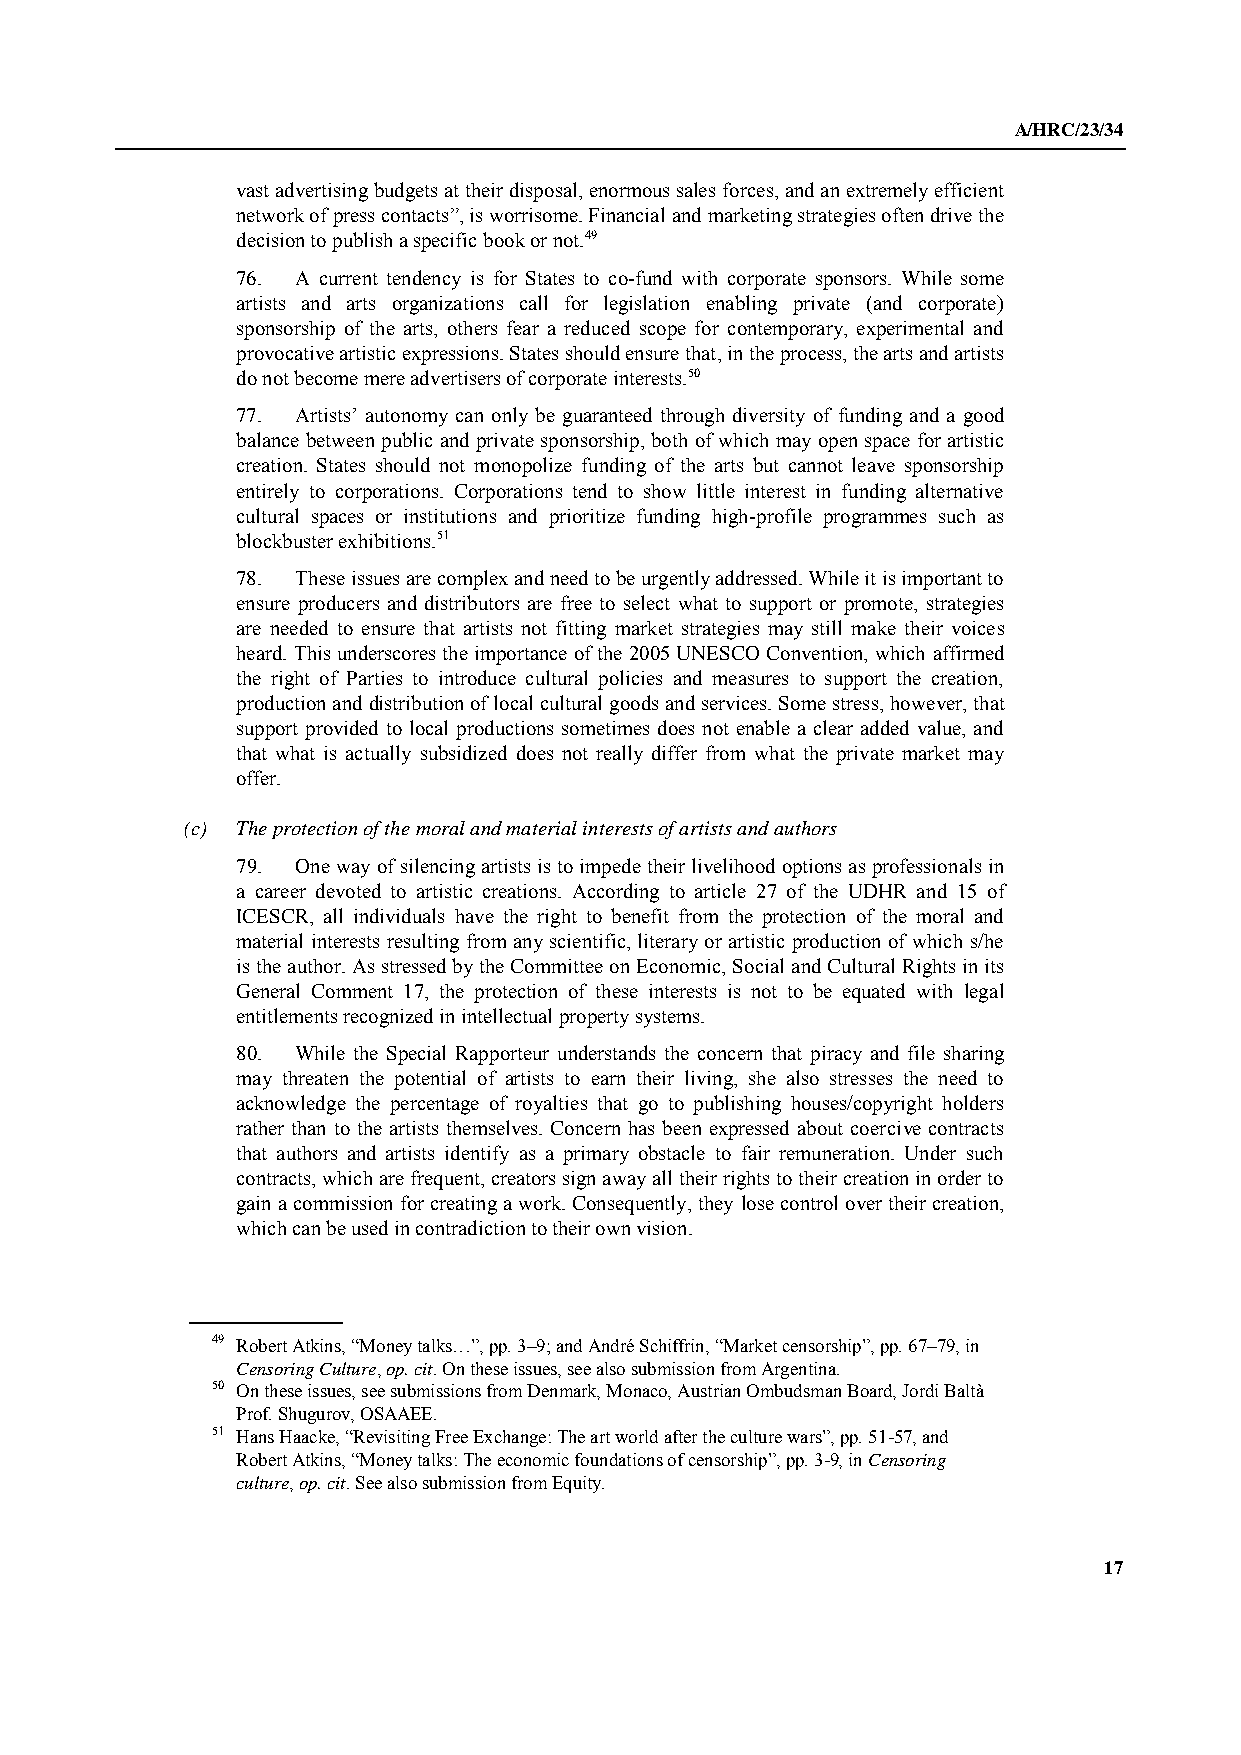
A/HRC/23/34
 vast advertising budgets at their disposal, enormous sales forces, and an extremely efficient
 network of press contacts”, is worrisome. Financial and marketing strategies often drive the
 decision to publish a specific book or not.49
 76. A current tendency is for States to co-fund with corporate sponsors. While some
 artists and arts organizations call for legislation enabling private (and corporate)
 sponsorship of the arts, others fear a reduced scope for contemporary, experimental and
 provocative artistic expressions. States should ensure that, in the process, the arts and artists
 do not become mere advertisers of corporate interests.50
 77. Artists’ autonomy can only be guaranteed through diversity of funding and a good
 balance between public and private sponsorship, both of which may open space for artistic
 creation. States should not monopolize funding of the arts but cannot leave sponsorship
 entirely to corporations. Corporations tend to show little interest in funding alternative
 cultural spaces or institutions and prioritize funding high-profile programmes such as
 blockbuster exhibitions.51
 78. These issues are complex and need to be urgently addressed. While it is important to
 ensure producers and distributors are free to select what to support or promote, strategies
 are needed to ensure that artists not fitting market strategies may still make their voices
 heard. This underscores the importance of the 2005 UNESCO Convention, which affirmed
 the right of Parties to introduce cultural policies and measures to support the creation,
 production and distribution of local cultural goods and services. Some stress, however, that
 support provided to local productions sometimes does not enable a clear added value, and
 that what is actually subsidized does not really differ from what the private market may
 offer.
 (c) The protection of the moral and material interests of artists and authors
 79. One way of silencing artists is to impede their livelihood options as professionals in
 a career devoted to artistic creations. According to article 27 of the UDHR and 15 of
 ICESCR, all individuals have the right to benefit from the protection of the moral and
 material interests resulting from any scientific, literary or artistic production of which s/he
 is the author. As stressed by the Committee on Economic, Social and Cultural Rights in its
 General Comment 17, the protection of these interests is not to be equated with legal
 entitlements recognized in intellectual property systems.
 80. While the Special Rapporteur understands the concern that piracy and file sharing
 may threaten the potential of artists to earn their living, she also stresses the need to
 acknowledge the percentage of royalties that go to publishing houses/copyright holders
 rather than to the artists themselves. Concern has been expressed about coercive contracts
 that authors and artists identify as a primary obstacle to fair remuneration. Under such
 contracts, which are frequent, creators sign away all their rights to their creation in order to
 gain a commission for creating a work. Consequently, they lose control over their creation,
 which can be used in contradiction to their own vision.
 49 Robert Atkins, “Money talks…”, pp. 3–9; and André Schiffrin, “Market censorship”, pp. 67–79, in
 Censoring Culture, op. cit. On these issues, see also submission from Argentina.
 50 On these issues, see submissions from Denmark, Monaco, Austrian Ombudsman Board, Jordi Baltà
 Prof. Shugurov, OSAAEE.
 51 Hans Haacke, “Revisiting Free Exchange: The art world after the culture wars”, pp. 51-57, and
 Robert Atkins, “Money talks: The economic foundations of censorship”, pp. 3-9, in Censoring
 culture, op. cit. See also submission from Equity.
 17